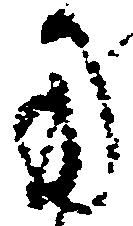
用